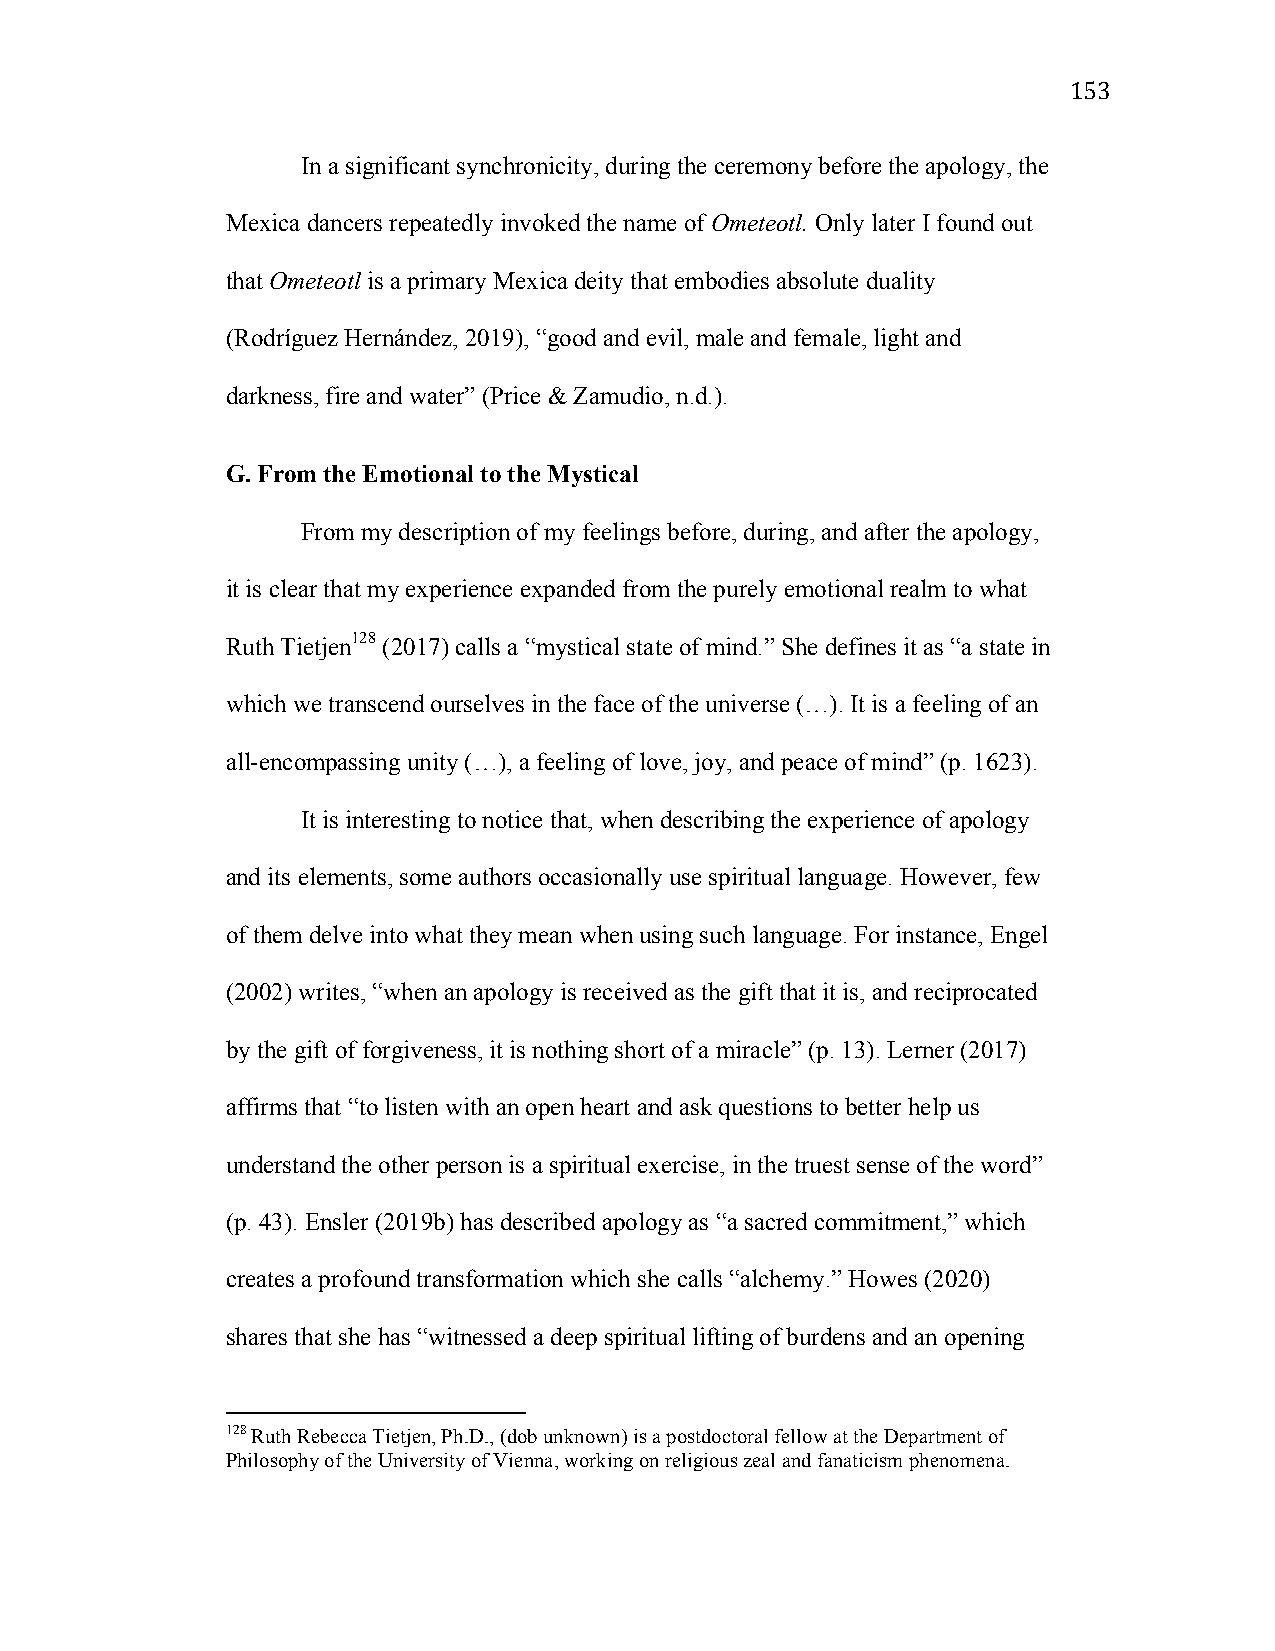
153
 In a significant synchronicity, during the ceremony before the apology, the
 Mexica dancers repeatedly invoked the name of Ometeotl. Only later I found out
 that Ometeotl is a primary Mexica deity that embodies absolute duality
 (Rodríguez Hernández, 2019), “good and evil, male and female, light and
 darkness, fire and water” (Price & Zamudio, n.d.).
 G. From the Emotional to the Mystical
 From my description of my feelings before, during, and after the apology,
 it is clear that my experience expanded from the purely emotional realm to what
 Ruth Tietjen128 (2017) calls a “mystical state of mind.” She defines it as “a state in
 which we transcend ourselves in the face of the universe (…). It is a feeling of an
 all-encompassing unity (…), a feeling of love, joy, and peace of mind” (p. 1623).
 It is interesting to notice that, when describing the experience of apology
 and its elements, some authors occasionally use spiritual language. However, few
 of them delve into what they mean when using such language. For instance, Engel
 (2002) writes, “when an apology is received as the gift that it is, and reciprocated
 by the gift of forgiveness, it is nothing short of a miracle” (p. 13). Lerner (2017)
 affirms that “to listen with an open heart and ask questions to better help us
 understand the other person is a spiritual exercise, in the truest sense of the word”
 (p. 43). Ensler (2019b) has described apology as “a sacred commitment,” which
 creates a profound transformation which she calls “alchemy.” Howes (2020)
 shares that she has “witnessed a deep spiritual lifting of burdens and an opening
 128 Ruth Rebecca Tietjen, Ph.D., (dob unknown) is a postdoctoral fellow at the Department of
 Philosophy of the University of Vienna, working on religious zeal and fanaticism phenomena.